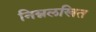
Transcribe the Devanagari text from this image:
निम्नलखित